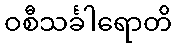
ဝစီသင်္ခါရောတိ